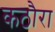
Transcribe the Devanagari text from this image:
कठौरा